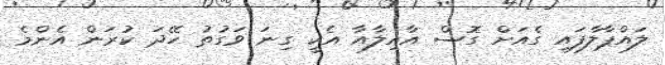
ލައްޕާލާފައި ގެއަށް ގޮސް އާއިލާއާ އެކީ ގިނަ ވަގުތު ހޭދަ ކުރަން އެންމެ